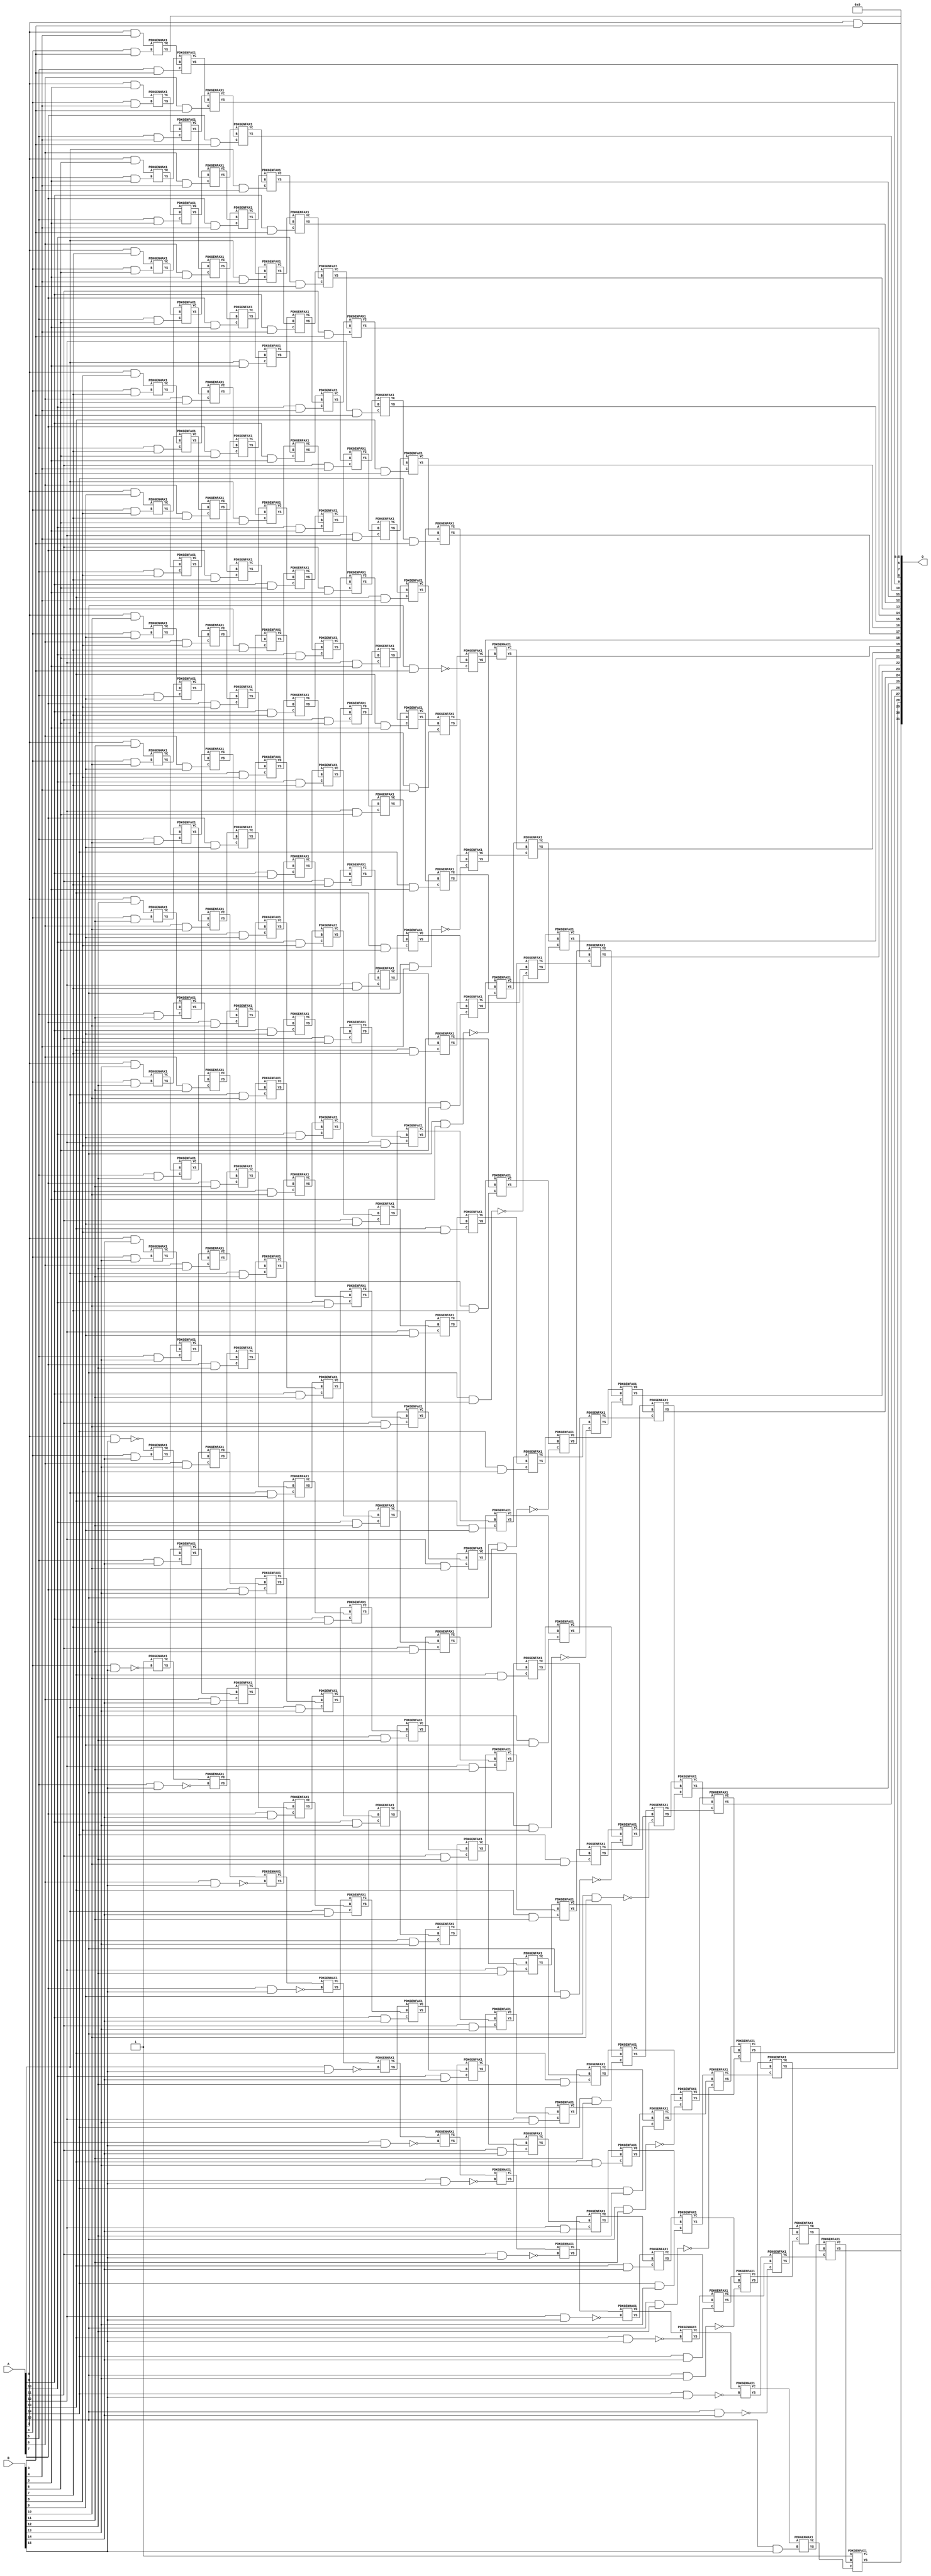
/***
* This code is a part of EvoApproxLib library (ehw.fit.vutbr.cz/approxlib) distributed under The MIT License.
* When used, please cite the following article(s): V. Mrazek, Z. Vasicek, L. Sekanina, H. Jiang and J. Han, "Scalable Construction of Approximate Multipliers With Formally Guaranteed Worst Case Error" in IEEE Transactions on Very Large Scale Integration (VLSI) Systems, vol. 26, no. 11, pp. 2572-2576, Nov. 2018. doi: 10.1109/TVLSI.2018.2856362 
* This file contains a circuit from a sub-set of pareto optimal circuits with respect to the pwr and mse parameters
***/
// MAE% = 0.002 %
// MAE = 87012 
// WCE% = 0.011 %
// WCE = 458703 
// WCRE% = 6300.00 %
// EP% = 98.43 %
// MRE% = 0.22 %
// MSE = 12526.988e6 
// PDK45_PWR = 1.483 mW
// PDK45_AREA = 1935.9 um2
// PDK45_DELAY = 2.55 ns


module mul16s_HFZ ( A, B, O );
  input [15:0] A;
  input [15:0] B;
  output [31:0] O;

  wire C_10_10,C_10_11,C_10_12,C_10_13,C_10_14,C_10_15,C_10_3,C_10_4,C_10_5,C_10_6,C_10_7,C_10_8,C_10_9,C_11_10,C_11_11,C_11_12,C_11_13,C_11_14,C_11_15,C_11_3,C_11_4,C_11_5,C_11_6,C_11_7,C_11_8,C_11_9,C_12_10,C_12_11,C_12_12,C_12_13,C_12_14,C_12_15,C_12_3,C_12_4,C_12_5,C_12_6,C_12_7,C_12_8,C_12_9,C_13_10,C_13_11,C_13_12,C_13_13,C_13_14,C_13_15,C_13_3,C_13_4,C_13_5,C_13_6,C_13_7,C_13_8,C_13_9,C_14_10,C_14_11,C_14_12,C_14_13,C_14_14,C_14_15,C_14_3,C_14_4,C_14_5,C_14_6,C_14_7,C_14_8,C_14_9,C_15_10,C_15_11,C_15_12,C_15_13,C_15_14,C_15_15,C_15_3,C_15_4,C_15_5,C_15_6,C_15_7,C_15_8,C_15_9,C_16_10,C_16_11,C_16_12,C_16_13,C_16_14,C_16_15,C_16_3,C_16_4,C_16_5,C_16_6,C_16_7,C_16_8,C_16_9,C_4_10,C_4_11,C_4_12,C_4_13,C_4_14,C_4_15,C_4_3,C_4_4,C_4_5,C_4_6,C_4_7,C_4_8,C_4_9,C_5_10,C_5_11,C_5_12,C_5_13,C_5_14,C_5_15,C_5_3,C_5_4,C_5_5,C_5_6,C_5_7,C_5_8,C_5_9,C_6_10,C_6_11,C_6_12,C_6_13,C_6_14,C_6_15,C_6_3,C_6_4,C_6_5,C_6_6,C_6_7,C_6_8,C_6_9,C_7_10,C_7_11,C_7_12,C_7_13,C_7_14,C_7_15,C_7_3,C_7_4,C_7_5,C_7_6,C_7_7,C_7_8,C_7_9,C_8_10,C_8_11,C_8_12,C_8_13,C_8_14,C_8_15,C_8_3,C_8_4,C_8_5,C_8_6,C_8_7,C_8_8,C_8_9,C_9_10,C_9_11,C_9_12,C_9_13,C_9_14,C_9_15,C_9_3,C_9_4,C_9_5,C_9_6,C_9_7,C_9_8,C_9_9,S_10_0,S_10_1,S_10_10,S_10_11,S_10_12,S_10_13,S_10_14,S_10_15,S_10_2,S_10_3,S_10_4,S_10_5,S_10_6,S_10_7,S_10_8,S_10_9,S_11_0,S_11_1,S_11_10,S_11_11,S_11_12,S_11_13,S_11_14,S_11_15,S_11_2,S_11_3,S_11_4,S_11_5,S_11_6,S_11_7,S_11_8,S_11_9,S_12_0,S_12_1,S_12_10,S_12_11,S_12_12,S_12_13,S_12_14,S_12_15,S_12_2,S_12_3,S_12_4,S_12_5,S_12_6,S_12_7,S_12_8,S_12_9,S_13_0,S_13_1,S_13_10,S_13_11,S_13_12,S_13_13,S_13_14,S_13_15,S_13_2,S_13_3,S_13_4,S_13_5,S_13_6,S_13_7,S_13_8,S_13_9,S_14_0,S_14_1,S_14_10,S_14_11,S_14_12,S_14_13,S_14_14,S_14_15,S_14_2,S_14_3,S_14_4,S_14_5,S_14_6,S_14_7,S_14_8,S_14_9,S_15_0,S_15_1,S_15_10,S_15_11,S_15_12,S_15_13,S_15_14,S_15_15,S_15_2,S_15_3,S_15_4,S_15_5,S_15_6,S_15_7,S_15_8,S_15_9,S_16_0,S_16_1,S_16_10,S_16_11,S_16_12,S_16_13,S_16_14,S_16_15,S_16_2,S_16_3,S_16_4,S_16_5,S_16_6,S_16_7,S_16_8,S_16_9,S_3_10,S_3_11,S_3_12,S_3_13,S_3_14,S_3_15,S_3_3,S_3_4,S_3_5,S_3_6,S_3_7,S_3_8,S_3_9,S_4_10,S_4_11,S_4_12,S_4_13,S_4_14,S_4_15,S_4_2,S_4_3,S_4_4,S_4_5,S_4_6,S_4_7,S_4_8,S_4_9,S_5_1,S_5_10,S_5_11,S_5_12,S_5_13,S_5_14,S_5_15,S_5_2,S_5_3,S_5_4,S_5_5,S_5_6,S_5_7,S_5_8,S_5_9,S_6_0,S_6_1,S_6_10,S_6_11,S_6_12,S_6_13,S_6_14,S_6_15,S_6_2,S_6_3,S_6_4,S_6_5,S_6_6,S_6_7,S_6_8,S_6_9,S_7_0,S_7_1,S_7_10,S_7_11,S_7_12,S_7_13,S_7_14,S_7_15,S_7_2,S_7_3,S_7_4,S_7_5,S_7_6,S_7_7,S_7_8,S_7_9,S_8_0,S_8_1,S_8_10,S_8_11,S_8_12,S_8_13,S_8_14,S_8_15,S_8_2,S_8_3,S_8_4,S_8_5,S_8_6,S_8_7,S_8_8,S_8_9,S_9_0,S_9_1,S_9_10,S_9_11,S_9_12,S_9_13,S_9_14,S_9_15,S_9_2,S_9_3,S_9_4,S_9_5,S_9_6,S_9_7,S_9_8,S_9_9;

  assign S_3_3 = (A[3] & B[3]);
  assign S_3_4 = (A[3] & B[4]);
  assign S_3_5 = (A[3] & B[5]);
  assign S_3_6 = (A[3] & B[6]);
  assign S_3_7 = (A[3] & B[7]);
  assign S_3_8 = (A[3] & B[8]);
  assign S_3_9 = (A[3] & B[9]);
  assign S_3_10 = (A[3] & B[10]);
  assign S_3_11 = (A[3] & B[11]);
  assign S_3_12 = (A[3] & B[12]);
  assign S_3_13 = (A[3] & B[13]);
  assign S_3_14 = (A[3] & B[14]);
  assign S_3_15 = ~(A[3] & B[15]);
  assign S_4_2 = S_3_3;
  PDKGENHAX1 U6596 (.A(S_3_4), .B((A[4] & B[3])), .YS(S_4_3), .YC(C_4_3));
  PDKGENHAX1 U6597 (.A(S_3_5), .B((A[4] & B[4])), .YS(S_4_4), .YC(C_4_4));
  PDKGENHAX1 U6598 (.A(S_3_6), .B((A[4] & B[5])), .YS(S_4_5), .YC(C_4_5));
  PDKGENHAX1 U6599 (.A(S_3_7), .B((A[4] & B[6])), .YS(S_4_6), .YC(C_4_6));
  PDKGENHAX1 U6600 (.A(S_3_8), .B((A[4] & B[7])), .YS(S_4_7), .YC(C_4_7));
  PDKGENHAX1 U6601 (.A(S_3_9), .B((A[4] & B[8])), .YS(S_4_8), .YC(C_4_8));
  PDKGENHAX1 U6602 (.A(S_3_10), .B((A[4] & B[9])), .YS(S_4_9), .YC(C_4_9));
  PDKGENHAX1 U6603 (.A(S_3_11), .B((A[4] & B[10])), .YS(S_4_10), .YC(C_4_10));
  PDKGENHAX1 U6604 (.A(S_3_12), .B((A[4] & B[11])), .YS(S_4_11), .YC(C_4_11));
  PDKGENHAX1 U6605 (.A(S_3_13), .B((A[4] & B[12])), .YS(S_4_12), .YC(C_4_12));
  PDKGENHAX1 U6606 (.A(S_3_14), .B((A[4] & B[13])), .YS(S_4_13), .YC(C_4_13));
  PDKGENHAX1 U6607 (.A(S_3_15), .B((A[4] & B[14])), .YS(S_4_14), .YC(C_4_14));
  PDKGENHAX1 U6608 (.A(1'b1), .B(~(A[4] & B[15])), .YS(S_4_15), .YC(C_4_15));
  assign S_5_1 = S_4_2;
  assign S_5_2 = S_4_3;
  PDKGENFAX1 U6612 (.A(S_4_4), .B(C_4_3), .C((A[5] & B[3])), .YS(S_5_3), .YC(C_5_3));
  PDKGENFAX1 U6613 (.A(S_4_5), .B(C_4_4), .C((A[5] & B[4])), .YS(S_5_4), .YC(C_5_4));
  PDKGENFAX1 U6614 (.A(S_4_6), .B(C_4_5), .C((A[5] & B[5])), .YS(S_5_5), .YC(C_5_5));
  PDKGENFAX1 U6615 (.A(S_4_7), .B(C_4_6), .C((A[5] & B[6])), .YS(S_5_6), .YC(C_5_6));
  PDKGENFAX1 U6616 (.A(S_4_8), .B(C_4_7), .C((A[5] & B[7])), .YS(S_5_7), .YC(C_5_7));
  PDKGENFAX1 U6617 (.A(S_4_9), .B(C_4_8), .C((A[5] & B[8])), .YS(S_5_8), .YC(C_5_8));
  PDKGENFAX1 U6618 (.A(S_4_10), .B(C_4_9), .C((A[5] & B[9])), .YS(S_5_9), .YC(C_5_9));
  PDKGENFAX1 U6619 (.A(S_4_11), .B(C_4_10), .C((A[5] & B[10])), .YS(S_5_10), .YC(C_5_10));
  PDKGENFAX1 U6620 (.A(S_4_12), .B(C_4_11), .C((A[5] & B[11])), .YS(S_5_11), .YC(C_5_11));
  PDKGENFAX1 U6621 (.A(S_4_13), .B(C_4_12), .C((A[5] & B[12])), .YS(S_5_12), .YC(C_5_12));
  PDKGENFAX1 U6622 (.A(S_4_14), .B(C_4_13), .C((A[5] & B[13])), .YS(S_5_13), .YC(C_5_13));
  PDKGENFAX1 U6623 (.A(S_4_15), .B(C_4_14), .C((A[5] & B[14])), .YS(S_5_14), .YC(C_5_14));
  PDKGENHAX1 U6624 (.A(C_4_15), .B(~(A[5] & B[15])), .YS(S_5_15), .YC(C_5_15));
  assign S_6_0 = S_5_1;
  assign S_6_1 = S_5_2;
  assign S_6_2 = S_5_3;
  PDKGENFAX1 U6628 (.A(S_5_4), .B(C_5_3), .C((A[6] & B[3])), .YS(S_6_3), .YC(C_6_3));
  PDKGENFAX1 U6629 (.A(S_5_5), .B(C_5_4), .C((A[6] & B[4])), .YS(S_6_4), .YC(C_6_4));
  PDKGENFAX1 U6630 (.A(S_5_6), .B(C_5_5), .C((A[6] & B[5])), .YS(S_6_5), .YC(C_6_5));
  PDKGENFAX1 U6631 (.A(S_5_7), .B(C_5_6), .C((A[6] & B[6])), .YS(S_6_6), .YC(C_6_6));
  PDKGENFAX1 U6632 (.A(S_5_8), .B(C_5_7), .C((A[6] & B[7])), .YS(S_6_7), .YC(C_6_7));
  PDKGENFAX1 U6633 (.A(S_5_9), .B(C_5_8), .C((A[6] & B[8])), .YS(S_6_8), .YC(C_6_8));
  PDKGENFAX1 U6634 (.A(S_5_10), .B(C_5_9), .C((A[6] & B[9])), .YS(S_6_9), .YC(C_6_9));
  PDKGENFAX1 U6635 (.A(S_5_11), .B(C_5_10), .C((A[6] & B[10])), .YS(S_6_10), .YC(C_6_10));
  PDKGENFAX1 U6636 (.A(S_5_12), .B(C_5_11), .C((A[6] & B[11])), .YS(S_6_11), .YC(C_6_11));
  PDKGENFAX1 U6637 (.A(S_5_13), .B(C_5_12), .C((A[6] & B[12])), .YS(S_6_12), .YC(C_6_12));
  PDKGENFAX1 U6638 (.A(S_5_14), .B(C_5_13), .C((A[6] & B[13])), .YS(S_6_13), .YC(C_6_13));
  PDKGENFAX1 U6639 (.A(S_5_15), .B(C_5_14), .C((A[6] & B[14])), .YS(S_6_14), .YC(C_6_14));
  PDKGENHAX1 U6640 (.A(C_5_15), .B(~(A[6] & B[15])), .YS(S_6_15), .YC(C_6_15));
  assign S_7_0 = S_6_1;
  assign S_7_1 = S_6_2;
  assign S_7_2 = S_6_3;
  PDKGENFAX1 U6644 (.A(S_6_4), .B(C_6_3), .C((A[7] & B[3])), .YS(S_7_3), .YC(C_7_3));
  PDKGENFAX1 U6645 (.A(S_6_5), .B(C_6_4), .C((A[7] & B[4])), .YS(S_7_4), .YC(C_7_4));
  PDKGENFAX1 U6646 (.A(S_6_6), .B(C_6_5), .C((A[7] & B[5])), .YS(S_7_5), .YC(C_7_5));
  PDKGENFAX1 U6647 (.A(S_6_7), .B(C_6_6), .C((A[7] & B[6])), .YS(S_7_6), .YC(C_7_6));
  PDKGENFAX1 U6648 (.A(S_6_8), .B(C_6_7), .C((A[7] & B[7])), .YS(S_7_7), .YC(C_7_7));
  PDKGENFAX1 U6649 (.A(S_6_9), .B(C_6_8), .C((A[7] & B[8])), .YS(S_7_8), .YC(C_7_8));
  PDKGENFAX1 U6650 (.A(S_6_10), .B(C_6_9), .C((A[7] & B[9])), .YS(S_7_9), .YC(C_7_9));
  PDKGENFAX1 U6651 (.A(S_6_11), .B(C_6_10), .C((A[7] & B[10])), .YS(S_7_10), .YC(C_7_10));
  PDKGENFAX1 U6652 (.A(S_6_12), .B(C_6_11), .C((A[7] & B[11])), .YS(S_7_11), .YC(C_7_11));
  PDKGENFAX1 U6653 (.A(S_6_13), .B(C_6_12), .C((A[7] & B[12])), .YS(S_7_12), .YC(C_7_12));
  PDKGENFAX1 U6654 (.A(S_6_14), .B(C_6_13), .C((A[7] & B[13])), .YS(S_7_13), .YC(C_7_13));
  PDKGENFAX1 U6655 (.A(S_6_15), .B(C_6_14), .C((A[7] & B[14])), .YS(S_7_14), .YC(C_7_14));
  PDKGENHAX1 U6656 (.A(C_6_15), .B(~(A[7] & B[15])), .YS(S_7_15), .YC(C_7_15));
  assign S_8_0 = S_7_1;
  assign S_8_1 = S_7_2;
  assign S_8_2 = S_7_3;
  PDKGENFAX1 U6660 (.A(S_7_4), .B(C_7_3), .C((A[8] & B[3])), .YS(S_8_3), .YC(C_8_3));
  PDKGENFAX1 U6661 (.A(S_7_5), .B(C_7_4), .C((A[8] & B[4])), .YS(S_8_4), .YC(C_8_4));
  PDKGENFAX1 U6662 (.A(S_7_6), .B(C_7_5), .C((A[8] & B[5])), .YS(S_8_5), .YC(C_8_5));
  PDKGENFAX1 U6663 (.A(S_7_7), .B(C_7_6), .C((A[8] & B[6])), .YS(S_8_6), .YC(C_8_6));
  PDKGENFAX1 U6664 (.A(S_7_8), .B(C_7_7), .C((A[8] & B[7])), .YS(S_8_7), .YC(C_8_7));
  PDKGENFAX1 U6665 (.A(S_7_9), .B(C_7_8), .C((A[8] & B[8])), .YS(S_8_8), .YC(C_8_8));
  PDKGENFAX1 U6666 (.A(S_7_10), .B(C_7_9), .C((A[8] & B[9])), .YS(S_8_9), .YC(C_8_9));
  PDKGENFAX1 U6667 (.A(S_7_11), .B(C_7_10), .C((A[8] & B[10])), .YS(S_8_10), .YC(C_8_10));
  PDKGENFAX1 U6668 (.A(S_7_12), .B(C_7_11), .C((A[8] & B[11])), .YS(S_8_11), .YC(C_8_11));
  PDKGENFAX1 U6669 (.A(S_7_13), .B(C_7_12), .C((A[8] & B[12])), .YS(S_8_12), .YC(C_8_12));
  PDKGENFAX1 U6670 (.A(S_7_14), .B(C_7_13), .C((A[8] & B[13])), .YS(S_8_13), .YC(C_8_13));
  PDKGENFAX1 U6671 (.A(S_7_15), .B(C_7_14), .C((A[8] & B[14])), .YS(S_8_14), .YC(C_8_14));
  PDKGENHAX1 U6672 (.A(C_7_15), .B(~(A[8] & B[15])), .YS(S_8_15), .YC(C_8_15));
  assign S_9_0 = S_8_1;
  assign S_9_1 = S_8_2;
  assign S_9_2 = S_8_3;
  PDKGENFAX1 U6676 (.A(S_8_4), .B(C_8_3), .C((A[9] & B[3])), .YS(S_9_3), .YC(C_9_3));
  PDKGENFAX1 U6677 (.A(S_8_5), .B(C_8_4), .C((A[9] & B[4])), .YS(S_9_4), .YC(C_9_4));
  PDKGENFAX1 U6678 (.A(S_8_6), .B(C_8_5), .C((A[9] & B[5])), .YS(S_9_5), .YC(C_9_5));
  PDKGENFAX1 U6679 (.A(S_8_7), .B(C_8_6), .C((A[9] & B[6])), .YS(S_9_6), .YC(C_9_6));
  PDKGENFAX1 U6680 (.A(S_8_8), .B(C_8_7), .C((A[9] & B[7])), .YS(S_9_7), .YC(C_9_7));
  PDKGENFAX1 U6681 (.A(S_8_9), .B(C_8_8), .C((A[9] & B[8])), .YS(S_9_8), .YC(C_9_8));
  PDKGENFAX1 U6682 (.A(S_8_10), .B(C_8_9), .C((A[9] & B[9])), .YS(S_9_9), .YC(C_9_9));
  PDKGENFAX1 U6683 (.A(S_8_11), .B(C_8_10), .C((A[9] & B[10])), .YS(S_9_10), .YC(C_9_10));
  PDKGENFAX1 U6684 (.A(S_8_12), .B(C_8_11), .C((A[9] & B[11])), .YS(S_9_11), .YC(C_9_11));
  PDKGENFAX1 U6685 (.A(S_8_13), .B(C_8_12), .C((A[9] & B[12])), .YS(S_9_12), .YC(C_9_12));
  PDKGENFAX1 U6686 (.A(S_8_14), .B(C_8_13), .C((A[9] & B[13])), .YS(S_9_13), .YC(C_9_13));
  PDKGENFAX1 U6687 (.A(S_8_15), .B(C_8_14), .C((A[9] & B[14])), .YS(S_9_14), .YC(C_9_14));
  PDKGENHAX1 U6688 (.A(C_8_15), .B(~(A[9] & B[15])), .YS(S_9_15), .YC(C_9_15));
  assign S_10_0 = S_9_1;
  assign S_10_1 = S_9_2;
  assign S_10_2 = S_9_3;
  PDKGENFAX1 U6692 (.A(S_9_4), .B(C_9_3), .C((A[10] & B[3])), .YS(S_10_3), .YC(C_10_3));
  PDKGENFAX1 U6693 (.A(S_9_5), .B(C_9_4), .C((A[10] & B[4])), .YS(S_10_4), .YC(C_10_4));
  PDKGENFAX1 U6694 (.A(S_9_6), .B(C_9_5), .C((A[10] & B[5])), .YS(S_10_5), .YC(C_10_5));
  PDKGENFAX1 U6695 (.A(S_9_7), .B(C_9_6), .C((A[10] & B[6])), .YS(S_10_6), .YC(C_10_6));
  PDKGENFAX1 U6696 (.A(S_9_8), .B(C_9_7), .C((A[10] & B[7])), .YS(S_10_7), .YC(C_10_7));
  PDKGENFAX1 U6697 (.A(S_9_9), .B(C_9_8), .C((A[10] & B[8])), .YS(S_10_8), .YC(C_10_8));
  PDKGENFAX1 U6698 (.A(S_9_10), .B(C_9_9), .C((A[10] & B[9])), .YS(S_10_9), .YC(C_10_9));
  PDKGENFAX1 U6699 (.A(S_9_11), .B(C_9_10), .C((A[10] & B[10])), .YS(S_10_10), .YC(C_10_10));
  PDKGENFAX1 U6700 (.A(S_9_12), .B(C_9_11), .C((A[10] & B[11])), .YS(S_10_11), .YC(C_10_11));
  PDKGENFAX1 U6701 (.A(S_9_13), .B(C_9_12), .C((A[10] & B[12])), .YS(S_10_12), .YC(C_10_12));
  PDKGENFAX1 U6702 (.A(S_9_14), .B(C_9_13), .C((A[10] & B[13])), .YS(S_10_13), .YC(C_10_13));
  PDKGENFAX1 U6703 (.A(S_9_15), .B(C_9_14), .C((A[10] & B[14])), .YS(S_10_14), .YC(C_10_14));
  PDKGENHAX1 U6704 (.A(C_9_15), .B(~(A[10] & B[15])), .YS(S_10_15), .YC(C_10_15));
  assign S_11_0 = S_10_1;
  assign S_11_1 = S_10_2;
  assign S_11_2 = S_10_3;
  PDKGENFAX1 U6708 (.A(S_10_4), .B(C_10_3), .C((A[11] & B[3])), .YS(S_11_3), .YC(C_11_3));
  PDKGENFAX1 U6709 (.A(S_10_5), .B(C_10_4), .C((A[11] & B[4])), .YS(S_11_4), .YC(C_11_4));
  PDKGENFAX1 U6710 (.A(S_10_6), .B(C_10_5), .C((A[11] & B[5])), .YS(S_11_5), .YC(C_11_5));
  PDKGENFAX1 U6711 (.A(S_10_7), .B(C_10_6), .C((A[11] & B[6])), .YS(S_11_6), .YC(C_11_6));
  PDKGENFAX1 U6712 (.A(S_10_8), .B(C_10_7), .C((A[11] & B[7])), .YS(S_11_7), .YC(C_11_7));
  PDKGENFAX1 U6713 (.A(S_10_9), .B(C_10_8), .C((A[11] & B[8])), .YS(S_11_8), .YC(C_11_8));
  PDKGENFAX1 U6714 (.A(S_10_10), .B(C_10_9), .C((A[11] & B[9])), .YS(S_11_9), .YC(C_11_9));
  PDKGENFAX1 U6715 (.A(S_10_11), .B(C_10_10), .C((A[11] & B[10])), .YS(S_11_10), .YC(C_11_10));
  PDKGENFAX1 U6716 (.A(S_10_12), .B(C_10_11), .C((A[11] & B[11])), .YS(S_11_11), .YC(C_11_11));
  PDKGENFAX1 U6717 (.A(S_10_13), .B(C_10_12), .C((A[11] & B[12])), .YS(S_11_12), .YC(C_11_12));
  PDKGENFAX1 U6718 (.A(S_10_14), .B(C_10_13), .C((A[11] & B[13])), .YS(S_11_13), .YC(C_11_13));
  PDKGENFAX1 U6719 (.A(S_10_15), .B(C_10_14), .C((A[11] & B[14])), .YS(S_11_14), .YC(C_11_14));
  PDKGENHAX1 U6720 (.A(C_10_15), .B(~(A[11] & B[15])), .YS(S_11_15), .YC(C_11_15));
  assign S_12_0 = S_11_1;
  assign S_12_1 = S_11_2;
  assign S_12_2 = S_11_3;
  PDKGENFAX1 U6724 (.A(S_11_4), .B(C_11_3), .C((A[12] & B[3])), .YS(S_12_3), .YC(C_12_3));
  PDKGENFAX1 U6725 (.A(S_11_5), .B(C_11_4), .C((A[12] & B[4])), .YS(S_12_4), .YC(C_12_4));
  PDKGENFAX1 U6726 (.A(S_11_6), .B(C_11_5), .C((A[12] & B[5])), .YS(S_12_5), .YC(C_12_5));
  PDKGENFAX1 U6727 (.A(S_11_7), .B(C_11_6), .C((A[12] & B[6])), .YS(S_12_6), .YC(C_12_6));
  PDKGENFAX1 U6728 (.A(S_11_8), .B(C_11_7), .C((A[12] & B[7])), .YS(S_12_7), .YC(C_12_7));
  PDKGENFAX1 U6729 (.A(S_11_9), .B(C_11_8), .C((A[12] & B[8])), .YS(S_12_8), .YC(C_12_8));
  PDKGENFAX1 U6730 (.A(S_11_10), .B(C_11_9), .C((A[12] & B[9])), .YS(S_12_9), .YC(C_12_9));
  PDKGENFAX1 U6731 (.A(S_11_11), .B(C_11_10), .C((A[12] & B[10])), .YS(S_12_10), .YC(C_12_10));
  PDKGENFAX1 U6732 (.A(S_11_12), .B(C_11_11), .C((A[12] & B[11])), .YS(S_12_11), .YC(C_12_11));
  PDKGENFAX1 U6733 (.A(S_11_13), .B(C_11_12), .C((A[12] & B[12])), .YS(S_12_12), .YC(C_12_12));
  PDKGENFAX1 U6734 (.A(S_11_14), .B(C_11_13), .C((A[12] & B[13])), .YS(S_12_13), .YC(C_12_13));
  PDKGENFAX1 U6735 (.A(S_11_15), .B(C_11_14), .C((A[12] & B[14])), .YS(S_12_14), .YC(C_12_14));
  PDKGENHAX1 U6736 (.A(C_11_15), .B(~(A[12] & B[15])), .YS(S_12_15), .YC(C_12_15));
  assign S_13_0 = S_12_1;
  assign S_13_1 = S_12_2;
  assign S_13_2 = S_12_3;
  PDKGENFAX1 U6740 (.A(S_12_4), .B(C_12_3), .C((A[13] & B[3])), .YS(S_13_3), .YC(C_13_3));
  PDKGENFAX1 U6741 (.A(S_12_5), .B(C_12_4), .C((A[13] & B[4])), .YS(S_13_4), .YC(C_13_4));
  PDKGENFAX1 U6742 (.A(S_12_6), .B(C_12_5), .C((A[13] & B[5])), .YS(S_13_5), .YC(C_13_5));
  PDKGENFAX1 U6743 (.A(S_12_7), .B(C_12_6), .C((A[13] & B[6])), .YS(S_13_6), .YC(C_13_6));
  PDKGENFAX1 U6744 (.A(S_12_8), .B(C_12_7), .C((A[13] & B[7])), .YS(S_13_7), .YC(C_13_7));
  PDKGENFAX1 U6745 (.A(S_12_9), .B(C_12_8), .C((A[13] & B[8])), .YS(S_13_8), .YC(C_13_8));
  PDKGENFAX1 U6746 (.A(S_12_10), .B(C_12_9), .C((A[13] & B[9])), .YS(S_13_9), .YC(C_13_9));
  PDKGENFAX1 U6747 (.A(S_12_11), .B(C_12_10), .C((A[13] & B[10])), .YS(S_13_10), .YC(C_13_10));
  PDKGENFAX1 U6748 (.A(S_12_12), .B(C_12_11), .C((A[13] & B[11])), .YS(S_13_11), .YC(C_13_11));
  PDKGENFAX1 U6749 (.A(S_12_13), .B(C_12_12), .C((A[13] & B[12])), .YS(S_13_12), .YC(C_13_12));
  PDKGENFAX1 U6750 (.A(S_12_14), .B(C_12_13), .C((A[13] & B[13])), .YS(S_13_13), .YC(C_13_13));
  PDKGENFAX1 U6751 (.A(S_12_15), .B(C_12_14), .C((A[13] & B[14])), .YS(S_13_14), .YC(C_13_14));
  PDKGENHAX1 U6752 (.A(C_12_15), .B(~(A[13] & B[15])), .YS(S_13_15), .YC(C_13_15));
  assign S_14_0 = S_13_1;
  assign S_14_1 = S_13_2;
  assign S_14_2 = S_13_3;
  PDKGENFAX1 U6756 (.A(S_13_4), .B(C_13_3), .C((A[14] & B[3])), .YS(S_14_3), .YC(C_14_3));
  PDKGENFAX1 U6757 (.A(S_13_5), .B(C_13_4), .C((A[14] & B[4])), .YS(S_14_4), .YC(C_14_4));
  PDKGENFAX1 U6758 (.A(S_13_6), .B(C_13_5), .C((A[14] & B[5])), .YS(S_14_5), .YC(C_14_5));
  PDKGENFAX1 U6759 (.A(S_13_7), .B(C_13_6), .C((A[14] & B[6])), .YS(S_14_6), .YC(C_14_6));
  PDKGENFAX1 U6760 (.A(S_13_8), .B(C_13_7), .C((A[14] & B[7])), .YS(S_14_7), .YC(C_14_7));
  PDKGENFAX1 U6761 (.A(S_13_9), .B(C_13_8), .C((A[14] & B[8])), .YS(S_14_8), .YC(C_14_8));
  PDKGENFAX1 U6762 (.A(S_13_10), .B(C_13_9), .C((A[14] & B[9])), .YS(S_14_9), .YC(C_14_9));
  PDKGENFAX1 U6763 (.A(S_13_11), .B(C_13_10), .C((A[14] & B[10])), .YS(S_14_10), .YC(C_14_10));
  PDKGENFAX1 U6764 (.A(S_13_12), .B(C_13_11), .C((A[14] & B[11])), .YS(S_14_11), .YC(C_14_11));
  PDKGENFAX1 U6765 (.A(S_13_13), .B(C_13_12), .C((A[14] & B[12])), .YS(S_14_12), .YC(C_14_12));
  PDKGENFAX1 U6766 (.A(S_13_14), .B(C_13_13), .C((A[14] & B[13])), .YS(S_14_13), .YC(C_14_13));
  PDKGENFAX1 U6767 (.A(S_13_15), .B(C_13_14), .C((A[14] & B[14])), .YS(S_14_14), .YC(C_14_14));
  PDKGENHAX1 U6768 (.A(C_13_15), .B(~(A[14] & B[15])), .YS(S_14_15), .YC(C_14_15));
  assign S_15_0 = S_14_1;
  assign S_15_1 = S_14_2;
  assign S_15_2 = S_14_3;
  PDKGENFAX1 U6772 (.A(S_14_4), .B(C_14_3), .C(~(A[15] & B[3])), .YS(S_15_3), .YC(C_15_3));
  PDKGENFAX1 U6773 (.A(S_14_5), .B(C_14_4), .C(~(A[15] & B[4])), .YS(S_15_4), .YC(C_15_4));
  PDKGENFAX1 U6774 (.A(S_14_6), .B(C_14_5), .C(~(A[15] & B[5])), .YS(S_15_5), .YC(C_15_5));
  PDKGENFAX1 U6775 (.A(S_14_7), .B(C_14_6), .C(~(A[15] & B[6])), .YS(S_15_6), .YC(C_15_6));
  PDKGENFAX1 U6776 (.A(S_14_8), .B(C_14_7), .C(~(A[15] & B[7])), .YS(S_15_7), .YC(C_15_7));
  PDKGENFAX1 U6777 (.A(S_14_9), .B(C_14_8), .C(~(A[15] & B[8])), .YS(S_15_8), .YC(C_15_8));
  PDKGENFAX1 U6778 (.A(S_14_10), .B(C_14_9), .C(~(A[15] & B[9])), .YS(S_15_9), .YC(C_15_9));
  PDKGENFAX1 U6779 (.A(S_14_11), .B(C_14_10), .C(~(A[15] & B[10])), .YS(S_15_10), .YC(C_15_10));
  PDKGENFAX1 U6780 (.A(S_14_12), .B(C_14_11), .C(~(A[15] & B[11])), .YS(S_15_11), .YC(C_15_11));
  PDKGENFAX1 U6781 (.A(S_14_13), .B(C_14_12), .C(~(A[15] & B[12])), .YS(S_15_12), .YC(C_15_12));
  PDKGENFAX1 U6782 (.A(S_14_14), .B(C_14_13), .C(~(A[15] & B[13])), .YS(S_15_13), .YC(C_15_13));
  PDKGENFAX1 U6783 (.A(S_14_15), .B(C_14_14), .C(~(A[15] & B[14])), .YS(S_15_14), .YC(C_15_14));
  PDKGENHAX1 U6784 (.A(C_14_15), .B((A[15] & B[15])), .YS(S_15_15), .YC(C_15_15));
  assign S_16_0 = S_15_1;
  assign S_16_1 = S_15_2;
  assign S_16_2 = S_15_3;
  PDKGENHAX1 U6788 (.A(S_15_4), .B(C_15_3), .YS(S_16_3), .YC(C_16_3));
  PDKGENFAX1 U6789 (.A(S_15_5), .B(C_16_3), .C(C_15_4), .YS(S_16_4), .YC(C_16_4));
  PDKGENFAX1 U6790 (.A(S_15_6), .B(C_16_4), .C(C_15_5), .YS(S_16_5), .YC(C_16_5));
  PDKGENFAX1 U6791 (.A(S_15_7), .B(C_16_5), .C(C_15_6), .YS(S_16_6), .YC(C_16_6));
  PDKGENFAX1 U6792 (.A(S_15_8), .B(C_16_6), .C(C_15_7), .YS(S_16_7), .YC(C_16_7));
  PDKGENFAX1 U6793 (.A(S_15_9), .B(C_16_7), .C(C_15_8), .YS(S_16_8), .YC(C_16_8));
  PDKGENFAX1 U6794 (.A(S_15_10), .B(C_16_8), .C(C_15_9), .YS(S_16_9), .YC(C_16_9));
  PDKGENFAX1 U6795 (.A(S_15_11), .B(C_16_9), .C(C_15_10), .YS(S_16_10), .YC(C_16_10));
  PDKGENFAX1 U6796 (.A(S_15_12), .B(C_16_10), .C(C_15_11), .YS(S_16_11), .YC(C_16_11));
  PDKGENFAX1 U6797 (.A(S_15_13), .B(C_16_11), .C(C_15_12), .YS(S_16_12), .YC(C_16_12));
  PDKGENFAX1 U6798 (.A(S_15_14), .B(C_16_12), .C(C_15_13), .YS(S_16_13), .YC(C_16_13));
  PDKGENFAX1 U6799 (.A(S_15_15), .B(C_16_13), .C(C_15_14), .YS(S_16_14), .YC(C_16_14));
  PDKGENFAX1 U6800 (.A(1'b1), .B(C_16_14), .C(C_15_15), .YS(S_16_15), .YC(C_16_15));
  assign O = {S_16_15,S_16_14,S_16_13,S_16_12,S_16_11,S_16_10,S_16_9,S_16_8,S_16_7,S_16_6,S_16_5,S_16_4,S_16_3,S_16_2,S_16_1,S_16_0,S_15_0,S_14_0,S_13_0,S_12_0,S_11_0,S_10_0,S_9_0,S_8_0,S_7_0,S_6_0,1'b0,1'b0,1'b0,1'b0,1'b0,1'b0};

endmodule

/* mod */
module PDKGENHAX1( input A, input B, output YS, output YC );
    assign YS = A ^ B;
    assign YC = A & B;
endmodule
/* mod */
module PDKGENFAX1( input A, input B, input C, output YS, output YC );
    assign YS = (A ^ B) ^ C;
    assign YC = (A & B) | (B & C) | (A & C);
endmodule